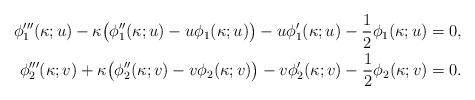
LaTeX: \begin{align*} \phi_{1}'''(\kappa;u)-\kappa\big(\phi_{1}''(\kappa;u)-u\phi_{1}(\kappa;u)\big) -u\phi_{1}'(\kappa;u) -\frac{1}{2}\phi_{1}(\kappa;u)&=0, \\ \phi_{2}'''(\kappa;v)+\kappa\big(\phi_{2}''(\kappa;v)-v\phi_{2}(\kappa;v)\big) -v\phi_{2}'(\kappa;v) -\frac{1}{2}\phi_{2}(\kappa;v)&=0. \end{align*}